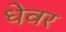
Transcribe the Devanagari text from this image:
धेवर